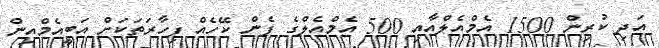
އަދި ކުރިން 1500 އެމްއެލްއާއި 500 އެމްއެލްގެ ފެން ކޭހެއް ފިހާރަތަކަށް އަބީއެމްއިން